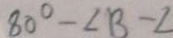
8 0 ^ { \circ } - \angle B - \angle